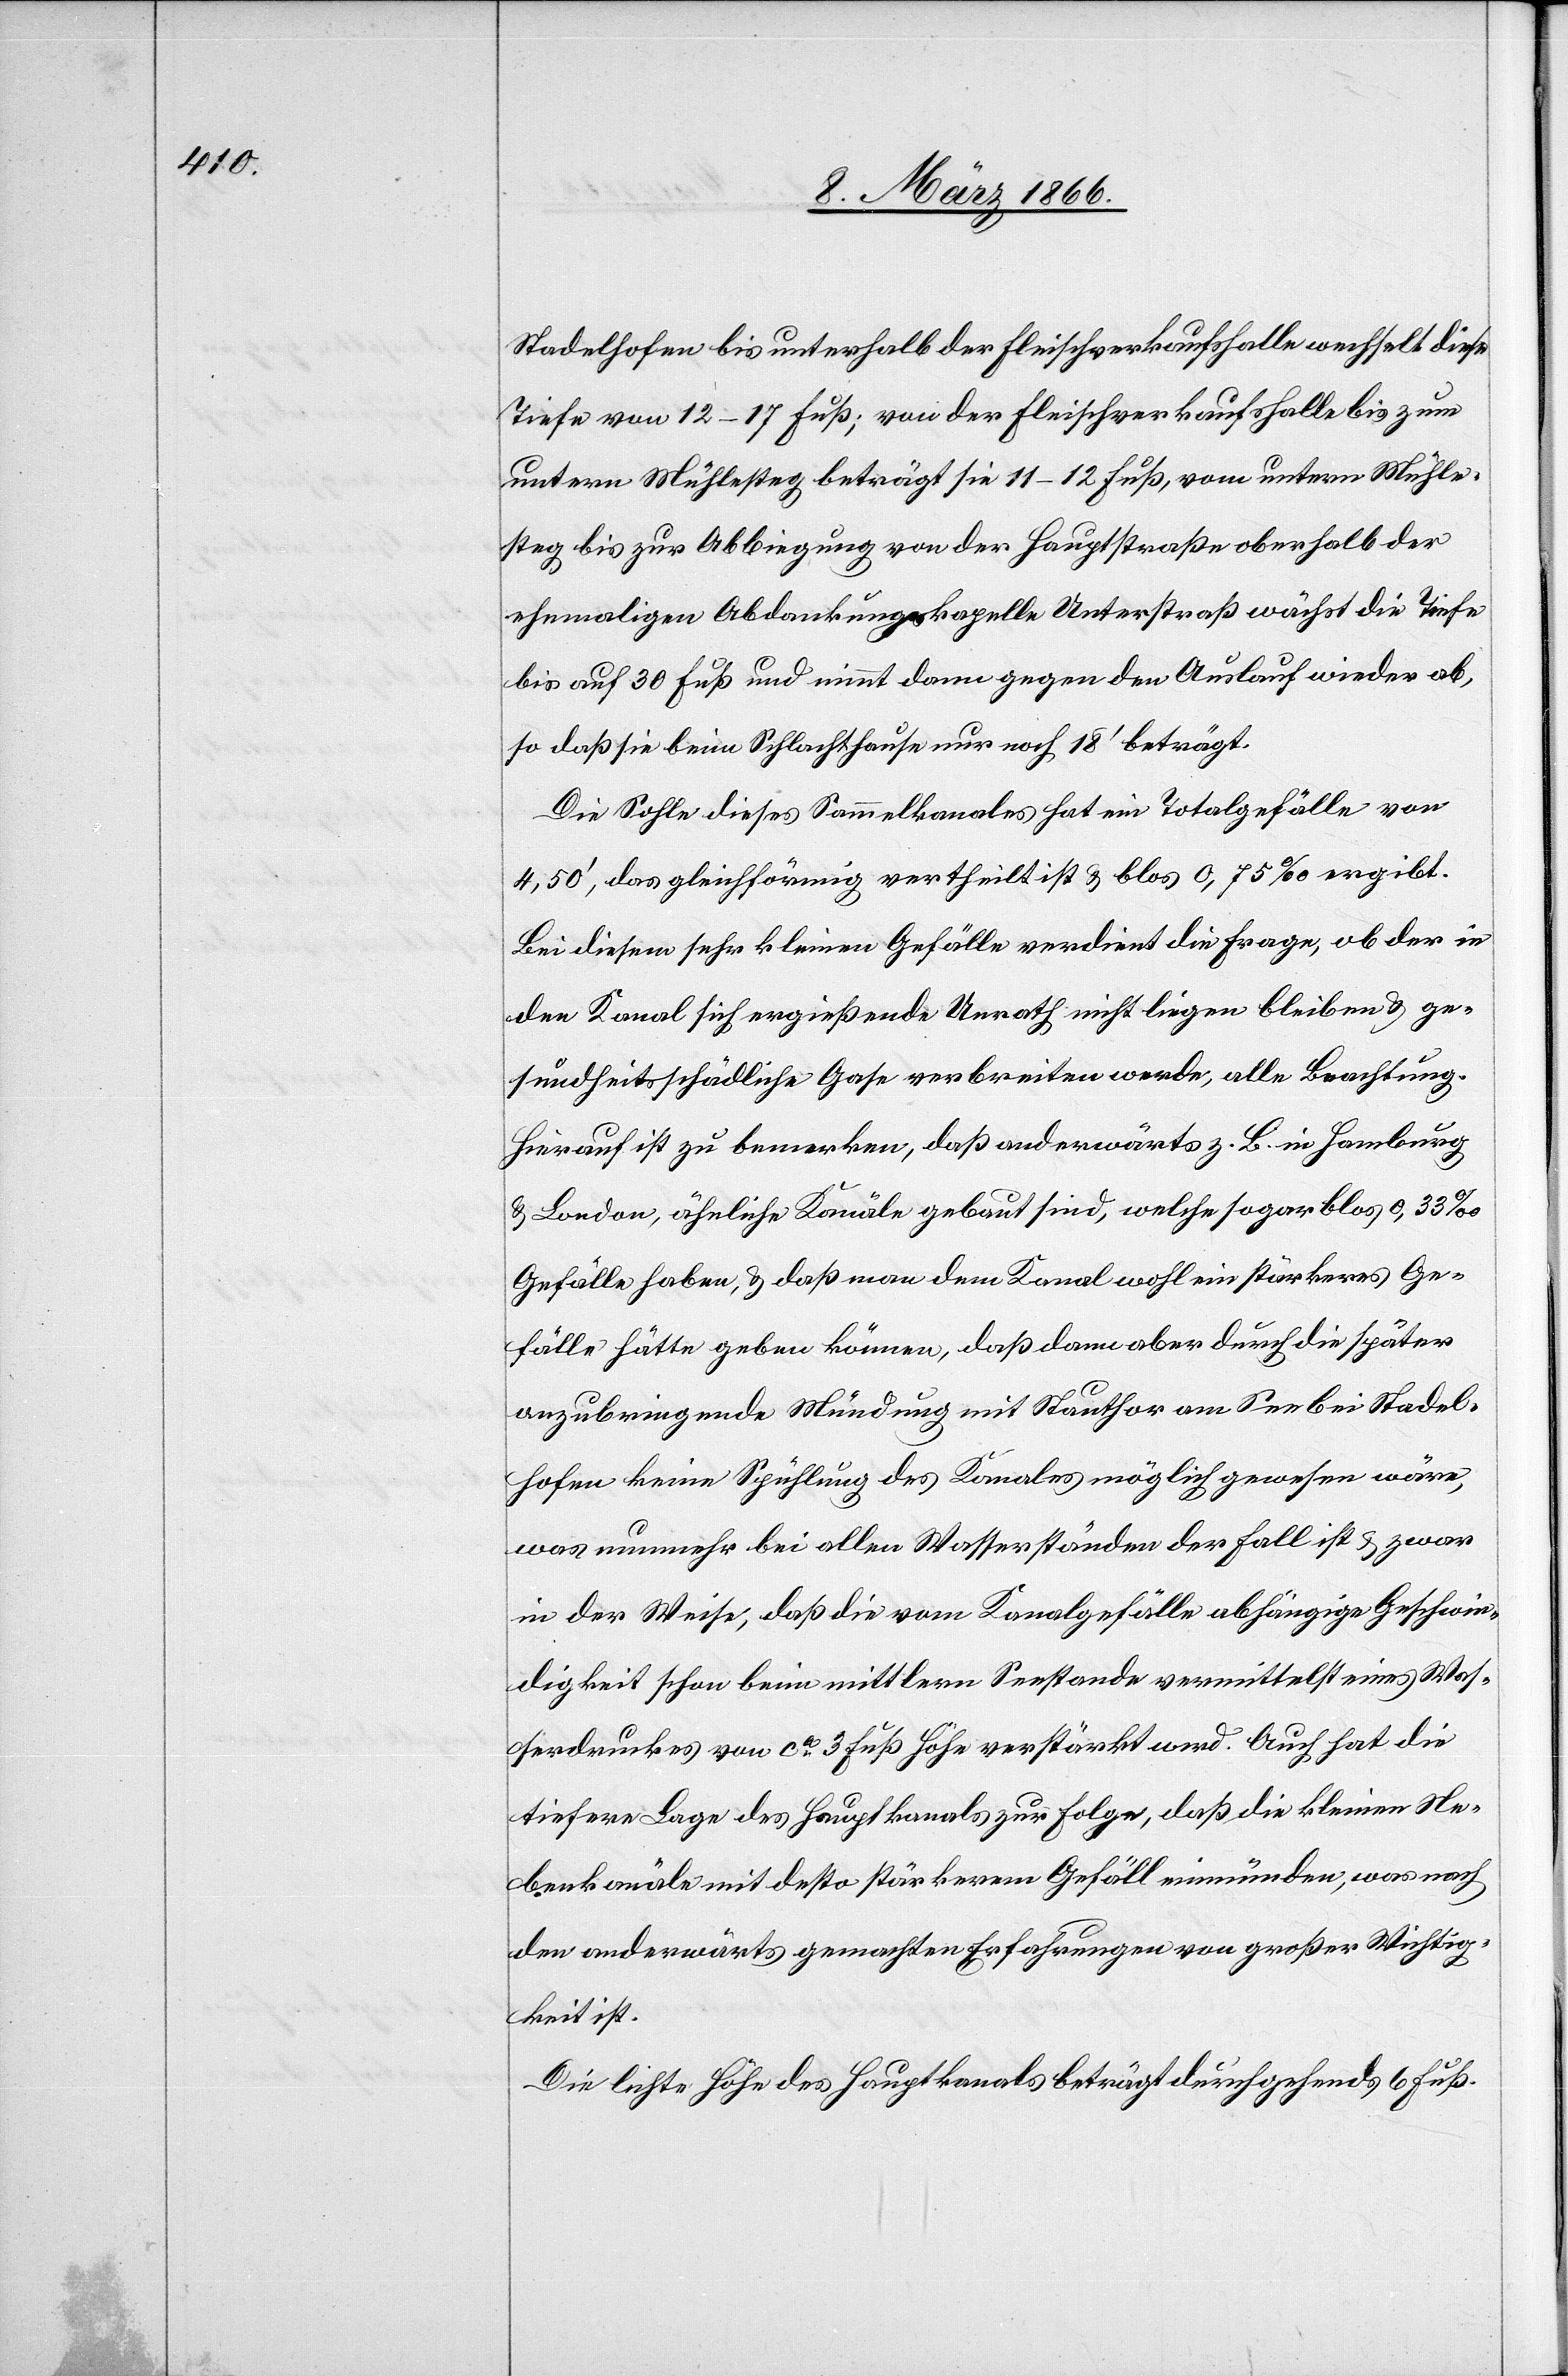
Stadelhofen bis unterhalb der Fleischverkaufshalle wechselt diese
Tiefe von 12–17 Fuß; von der Fleischverkaufshalle bis zum
untern Mühlesteg beträgt sie 11–12 Fuß, vom untern Mühle¬
steg bis zur Abbiegung von der Hauptstraße oberhalb der
ehemaligen Abdankungskapelle Unterstraß wächst die Tiefe
bis auf 30 Fuß und nimmt dann gegen den Auslauf wieder ab,
so daß sie beim Schlachthause nur noch 18‘ beträgt.
Die Sohle dieses Sammelkanales hat ein Totalgefälle von
4,50‘, das gleichförmig vertheilt ist u. blos 0,75 ‰ ergibt.
Bei diesem sehr kleinen Gefälle verdient die Frage, ob der in
den Kanal sich ergießende Unrath nicht liegen bleiben u. ge¬
sundheitsschädliche Gase verbreiten werde, alle Beachtung.
Hierauf ist zu bemerken, daß anderwärts z. B. in Hamburg
u. London, ähnliche Kanäle gebaut sind, welche sogar blos 0,33 ‰
Gefälle haben, u. daß man dem Kanal wohl ein stärkeres Ge¬
fälle hätte geben können, daß dann aber durch die später
anzubringende Mündung mit Stauthor am See bei Stadel¬
hofen keine Spühlung des Kanales möglich gewesen wäre,
was nunmehr bei allen Wasserständen der Fall ist u. zwar
in der Weise, daß die vom Kanalgefälle abhängige Geschwin¬
digkeit schon beim mittlern Seestande vermittelst eines Was¬
serdruckes von ca. 3 Fuß Höhe verstärkt wird. Auch hat die
tiefere Lage des Hauptkanals zu Folge, daß die kleinen Ne¬
benkanäle mit desto stärkerm Gefäll einmünden; was nach
den anderwärts gemachten Erfahrungen von großer Wichtig¬
keit ist.
Die lichte Höhe des Hauptkanals beträgt durchgehends 6 Fuß.